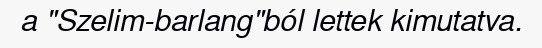
a "Szelim-barlang"ból lettek kimutatva.